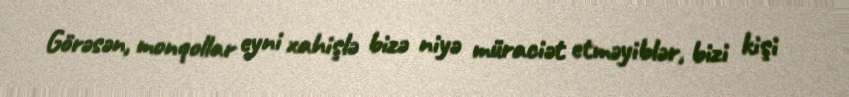
Görəsən, monqollar eyni xahişlə bizə niyə müraciət etməyiblər, bizi kişi